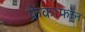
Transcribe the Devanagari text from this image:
फ्रेंकाफोन